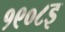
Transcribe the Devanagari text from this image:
१९०८इ